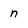
Character: n